Civil Veterinary Dept. Bombay admin report 1923-31 - 1923-1931
Year: 1923
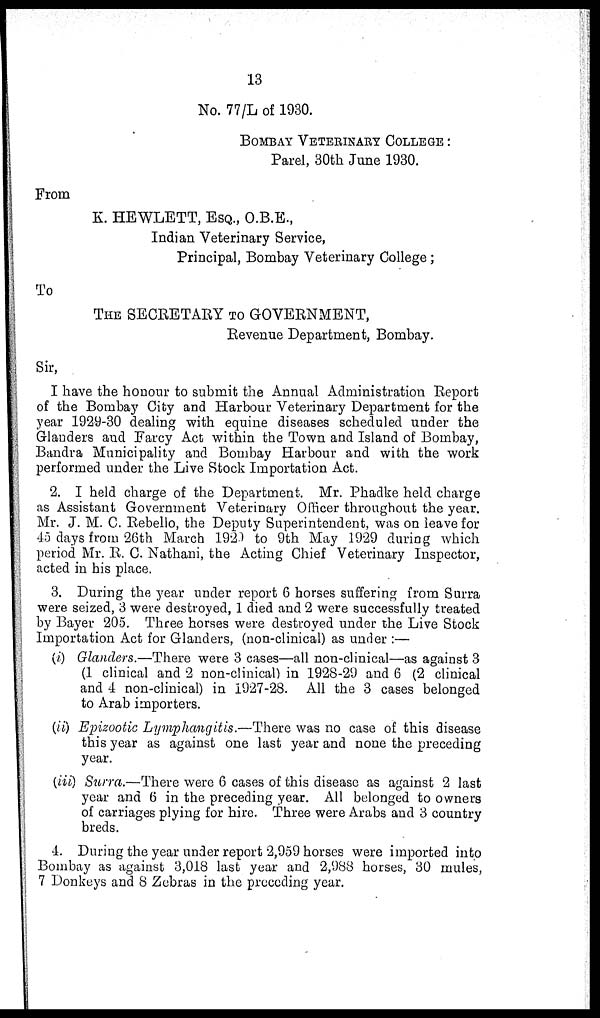
13
No. 77/L of 1930.
BOMBAY VETERINARY COLLEGE :
Parel, 30th June 1930.
From
K. HEWLETT, ESQ., O.B.E.,
Indian Veterinary Service,
Principal, Bombay Veterinary College;
To
THE SECRETARY TO GOVERNMENT,
Revenue Department, Bombay.
Sir,
I have the honour to submit the Annual Administration Report
of the Bombay City and Harbour Veterinary Department for the
year 1929-30 dealing with equine diseases scheduled under the
Glanders and Farcy Act within the Town and Island of Bombay,
Bandra Municipality and Bombay Harbour and with the work
performed under the Live Stock Importation Act.
2. I held charge of the Department. Mr. Phadke held charge
as Assistant Government Veterinary Officer throughout the year.
Mr. J. M. C. Rebello, the Deputy Superintendent, was on leave for
45 days from 26th March 1929 to 9th May 1929 during which
period Mr. R. C. Nathani, the Acting Chief Veterinary Inspector,
acted in his place.
3. During the year under report 6 horses suffering from Surra
were seized, 3 were destroyed, 1 died and 2 were successfully treated
by Bayer 205. Three horses were destroyed under the Live Stock
Importation Act for Glanders, (non-clinical) as under:—
(i) Glanders.—There were 3 cases—all non-clinical—as against 3
(1 clinical and 2 non-clinical) in 1928-29 and 6 (2 clinical
and 4 non-clinical) in 1927-28. All the 3 cases belonged
to Arab importers.
(ii) Epizootic Lymphangitis.—There was no case of this disease
this year as against one last year and none the preceding
year.
(iii) Surra.—There were 6 cases of this disease as against 2 last
year and 6 in the preceding year. All belonged to owners
of carriages plying for hire. Three were Arabs and 3 country
breds.
4. During the year under report 2,959 horses were imported into
Bombay as against 3,018 last year and 2,988 horses, 30 mules,
7 Donkeys and 8 Zebras in the preceding year.